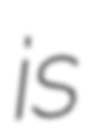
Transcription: is